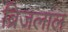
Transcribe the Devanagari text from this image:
ब्रिजलाल